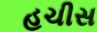
હચીસ